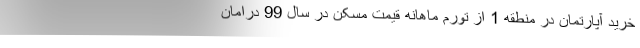
خرید آپارتمان در منطقه 1 از تورم ماهانه قیمت مسکن در سال 99 درامان